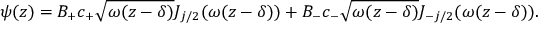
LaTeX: \psi ( z ) = B _ { + } c _ { + } \sqrt { \omega ( z - \delta ) } J _ { j / 2 } ( \omega ( z - \delta ) ) + B _ { - } c _ { - } \sqrt { \omega ( z - \delta ) } J _ { - j / 2 } ( \omega ( z - \delta ) ) .